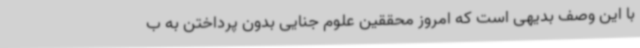
با این وصف بدیهی است که امروز محققین علوم جنایی بدون پرداختن به ب